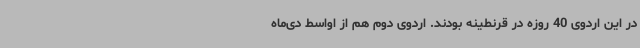
در این اردوی 40 روزه در قرنطینه بودند. اردوی دوم هم از اواسط دی‌ماه